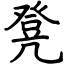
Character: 凳